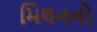
મિલનનો